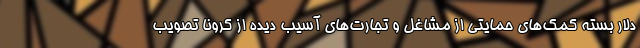
دلار بسته کمک‌های حمایتی از مشاغل و تجارت‌های آسیب دیده از کرونا تصویب